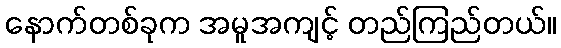
နောက်တစ်ခုက အမူအကျင့် တည်ကြည်တယ်။